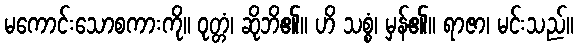
မကောင်းသောစကားကို။ ဝုတ္တံ၊ ဆိုဘိ၏။ ဟိ သစ္စံ၊ မှန်၏။ ရာဇာ၊ မင်းသည်။